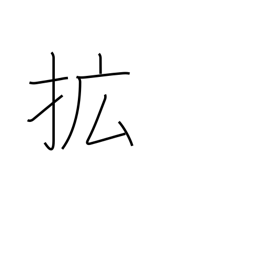
Meaning: extend